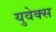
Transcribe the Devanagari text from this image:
युवेक्स